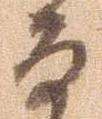
尚